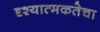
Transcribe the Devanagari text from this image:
दृश्यात्मकतेचा